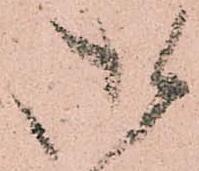
御